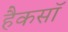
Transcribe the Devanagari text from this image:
हैकसॉ